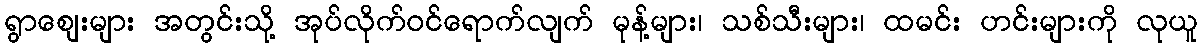
ရွာဈေးများ အတွင်းသို့ အုပ်လိုက်ဝင်ရောက်လျက် မုန့်များ၊ သစ်သီးများ၊ ထမင်း ဟင်းများကို လုယူ